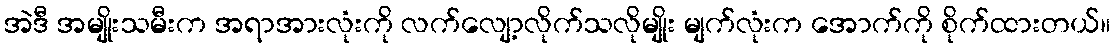
အဲဒီ အမျိုးသမီးက အရာအားလုံးကို လက်လျော့လိုက်သလိုမျိုး မျက်လုံးက အောက်ကို စိုက်ထားတယ်။